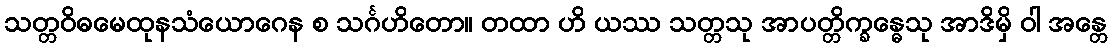
သတ္တဝိဓမေထုနသံယောဂေန စ သင်္ဂဟိတော။ တထာ ဟိ ယဿ သတ္တသု အာပတ္တိက္ခန္ဓေသု အာဒိမှိ ဝါ အန္တေ